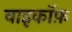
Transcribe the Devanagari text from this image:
वाइकॉफ़